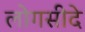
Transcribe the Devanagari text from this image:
लोगसीदे